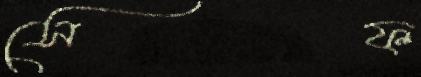
সেফ